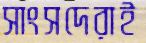
সাংসদেরাই